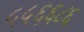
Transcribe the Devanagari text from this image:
५५६६८६